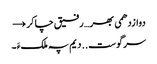
دوازدھمی بھر… رفیق چاکر →
سرگوست .. دیم پہ ملکءَ ۔